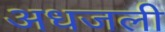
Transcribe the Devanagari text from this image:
अधजली